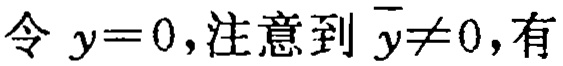
令 \(y = 0\)，注意到 \(\overline{y} \neq 0\)，有